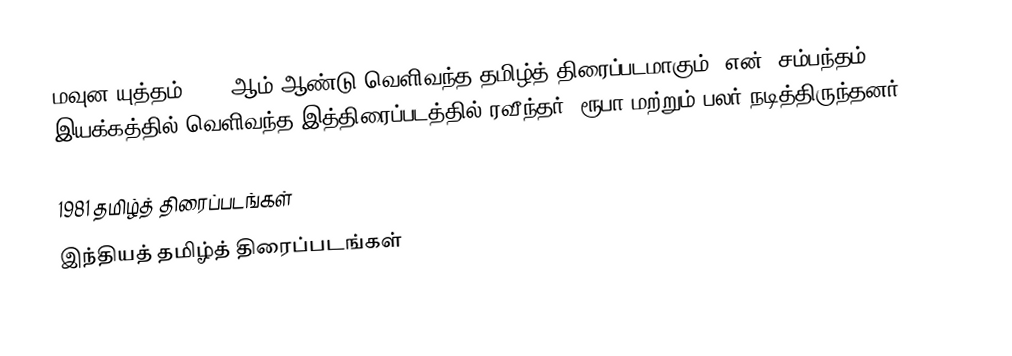
மவுன யுத்தம் 1981 ஆம் ஆண்டு வெளிவந்த தமிழ்த் திரைப்படமாகும். என். சம்பந்தம் இயக்கத்தில் வெளிவந்த இத்திரைப்படத்தில் ரவீந்தர், ரூபா மற்றும் பலர் நடித்திருந்தனர்.

1981 தமிழ்த் திரைப்படங்கள்
இந்தியத் தமிழ்த் திரைப்படங்கள்